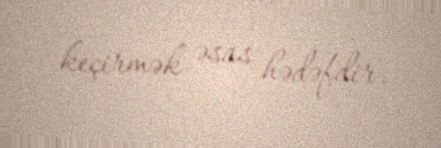
keçirmək əsas hədəfdir.